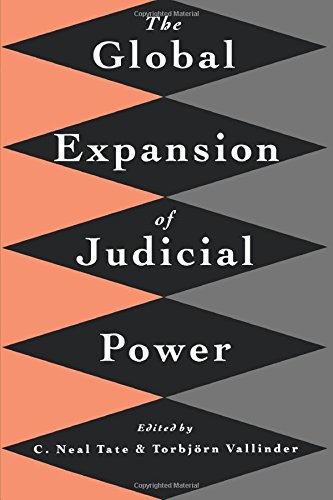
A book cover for The Global Expansion of Judicial Power; Law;